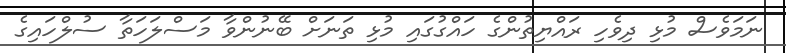
ނަމަވެސް މުޅި ދިވެހި ރައްޔިތުންގެ ހައްގުގައި މުޅި ތަނަށް ބޭނުންވާ މަސްލަހަތާ ސުލްހައިގެ